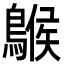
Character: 䳧